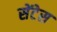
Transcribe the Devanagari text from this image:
सेंटेस